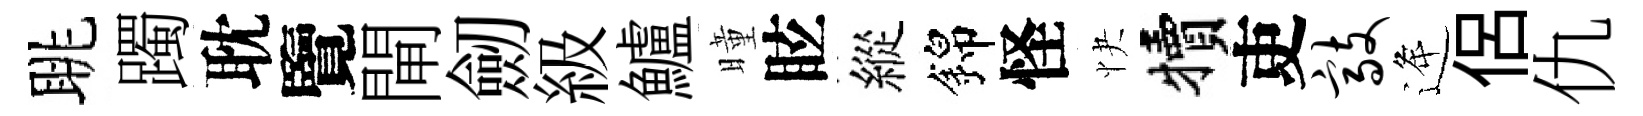
眺躅耽覽閘劒級鱸曈眩縱錦怪快犢吏敲逄侶仇